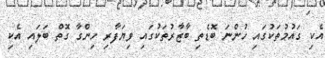
އެކި ގައުމުތަކުގައި ހުންނަ ބޮޑެތި ބާޒާރުތަކުގައި ވިޔަފާރި ހިންގާ ގޮތް ބަލައި އެކި